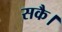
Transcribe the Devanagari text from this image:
सकै।